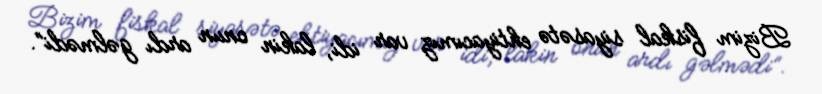
Bizim fiskal siyasətə ehtiyacımız var idi, lakin onun ardı gəlmədi”.